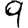
Digit: 9